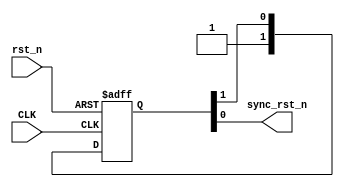
module RST_SYNC 
#(
	parameter NUM_STAGES = 2
)
(
	input wire CLK,
	input wire rst_n,
	output reg sync_rst_n
);

reg [NUM_STAGES-1:0] NFFS;

always @(posedge CLK, negedge rst_n) begin

	if (!rst_n) begin

		NFFS  	   <= 0;

	end
	else begin

		NFFS <= {1'b1,NFFS[NUM_STAGES-1:1]};

	end

end

always @(*) begin
	
	sync_rst_n = NFFS[0];

end

endmodule // Rst_Sync